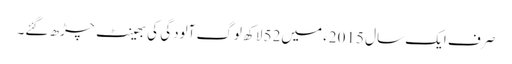
صرف ایک سال 2015ء میں52 لاکھ لوگ آلودگی کی بھینٹ چڑھ گئے۔